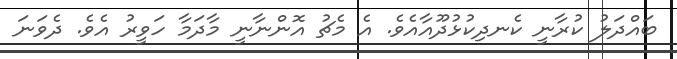
ބައްދަލު ކުރާނީ ކެނދިކުޅުދޫއާއެވެ. އެ މެޗު އޮންނާނީ މާދަމާ ހަވީރު އެވެ. ދެވަނަ